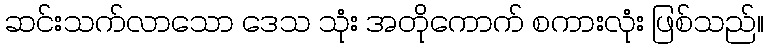
ဆင်းသက်လာသော ဒေသ သုံး အတိုကောက် စကားလုံး ဖြစ်သည်။